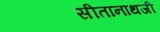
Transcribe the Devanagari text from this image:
सीतानाथजी